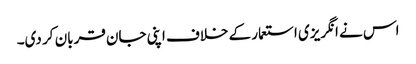
اس نے انگریزی استعمار کے خلاف اپنی جان قربان کر دی۔